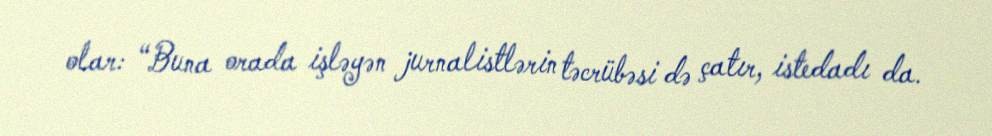
olar: “Buna orada işləyən jurnalistlərin təcrübəsi də çatır, istedadı da.